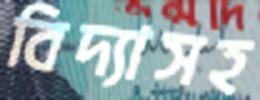
বিদ্যাসহ